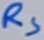
Text: RS